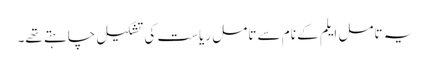
یہ تامل ایلم کے نام سے تامل ریاست کی تشکیل چاہتے تھے۔